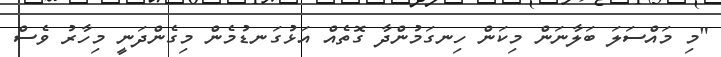
"މި މައްސަލަ ބަލާނަން މިކަން ހިނގަމުންދާ ގޮތެއް އަޅުގަނޑުމެން މިގެންދަނީ މިހާރު ވެސް